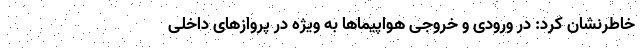
خاطرنشان کرد: در ورودی و خروجی هواپیماها به ویژه در پروازهای داخلی